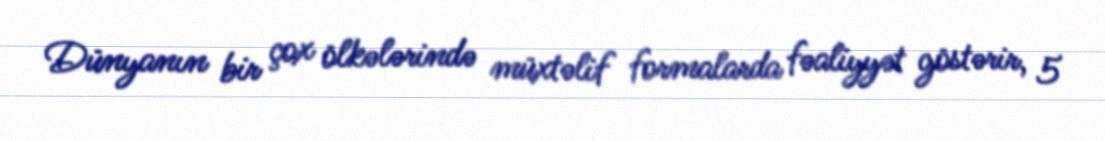
Dünyanın bir çox ölkələrində müxtəlif formalarda fəaliyyət göstərir, 5